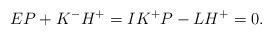
LaTeX: \begin{align*}EP+K^-H^+=IK^+P-LH^+=0.\end{align*}